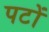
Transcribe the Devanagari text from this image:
पटों